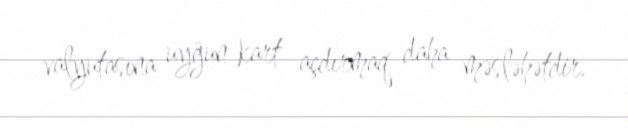
valyutasına uyğun kart açdırmaq daha məsləhətdir.